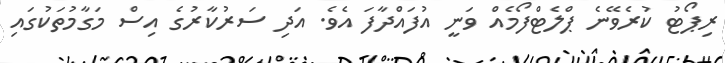
ރިޕޯޓު ކުރެވޭނެ ޕްލެޓްފޯމެއް ވަނީ އުފައްދާފަ އެވެ. އަދި ސަރުކާރުގެ އިސް މަގާމުތަކުގައި